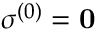
\boldsymbol { \sigma } ^ { ( 0 ) } = \mathbf { 0 }